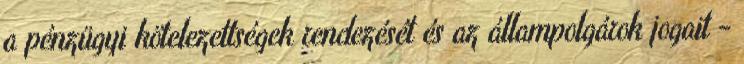
a pénzügyi kötelezettségek rendezését és az állampolgárok jogait -